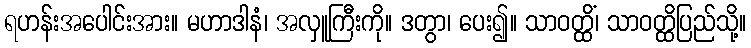
ရဟန်းအပေါင်းအား။ မဟာဒါနံ၊ အလှူကြီးကို။ ဒတွာ၊ ပေး၍။ သာဝတ္ထိံ၊ သာဝတ္ထိပြည်သို့။